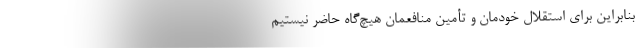
بنابراین برای استقلال خودمان و تأمین منافعمان هیچ‌گاه حاضر نیستیم